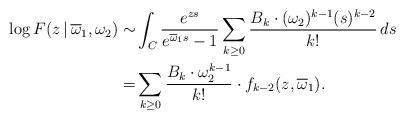
LaTeX: \begin{align*}\log F(z\,|\,\overline\omega_1,\omega_2) \sim & \int_C \frac{e^{zs}}{e^{\overline\omega_1 s}-1} \sum_{k\geq 0} \frac{B_k\cdot (\omega_2)^{k-1} (s)^{k-2} }{k!} \, ds \\= & \sum_{k\geq 0} \frac{B_k\cdot \omega_2^{k-1} }{k!} \cdot f_{k-2}(z, \overline\omega_1). \end{align*}